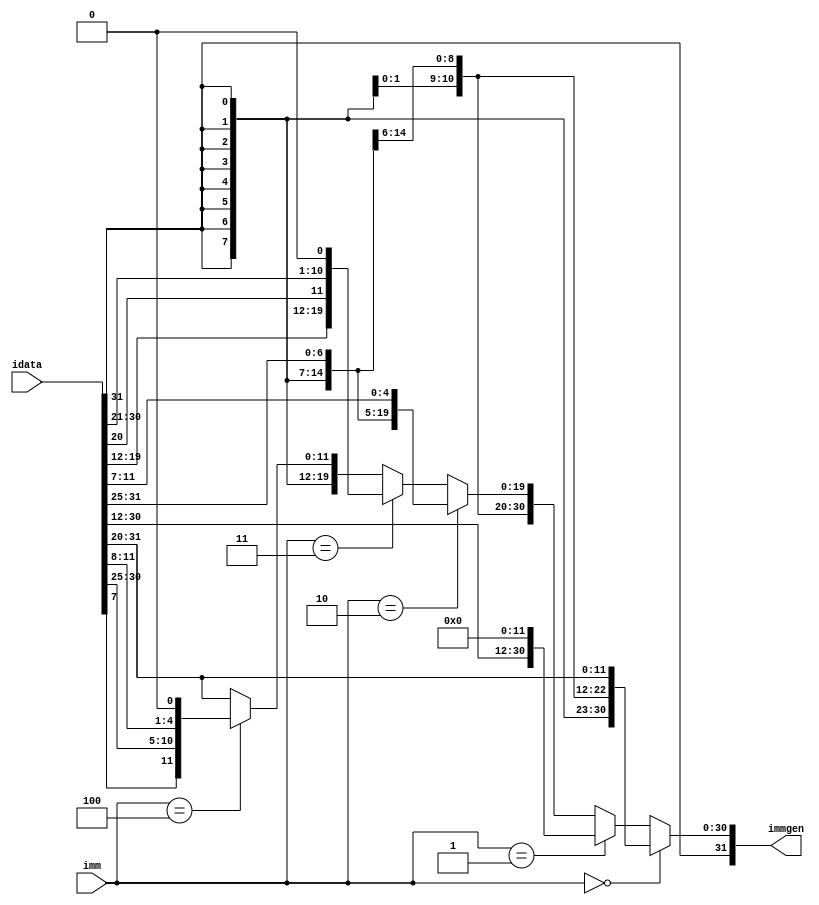
module immgen(
    input [2:0] imm,
    input [31:0] idata,
    output reg [31:0] immgen
    );
	
	always @(*) begin
		if (imm == 3'b000) immgen= {{20{idata[31]}},idata[31:20]}; //I type instr.- Load,ALUI,JALR type instr. imm is sign extended
        else if  (imm == 3'b001) immgen= {idata[31:12],{12{1'b0}}};                                                    //U type-LUI AUIPC
		else if  (imm == 3'b010) immgen= {{20{idata[31]}},idata[31:25],idata[11:7]}; 									// S type instr.
        else if  (imm == 3'b011) immgen= {{12{idata[31]}}, idata[19:12], idata[20], idata[30:21], 1'b0}; 			   //J type JAL
        else if  (imm == 3'b100) immgen= {{20{idata[31]}},idata[7],idata[30:25],idata[11:8],1'b0}; 						//B type instr.
        else immgen= {{20{idata[31]}},idata[31:20]};              // default case just sign extended 
	end

						 

endmodule